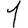
Digit: 1